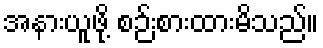
အနားယူဖို့ စဉ်းစားထားမိသည်။